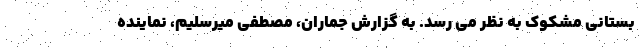
بستانی مشکوک به نظر می رسد. به گزارش جماران، مصطفی میرسلیم، نماینده